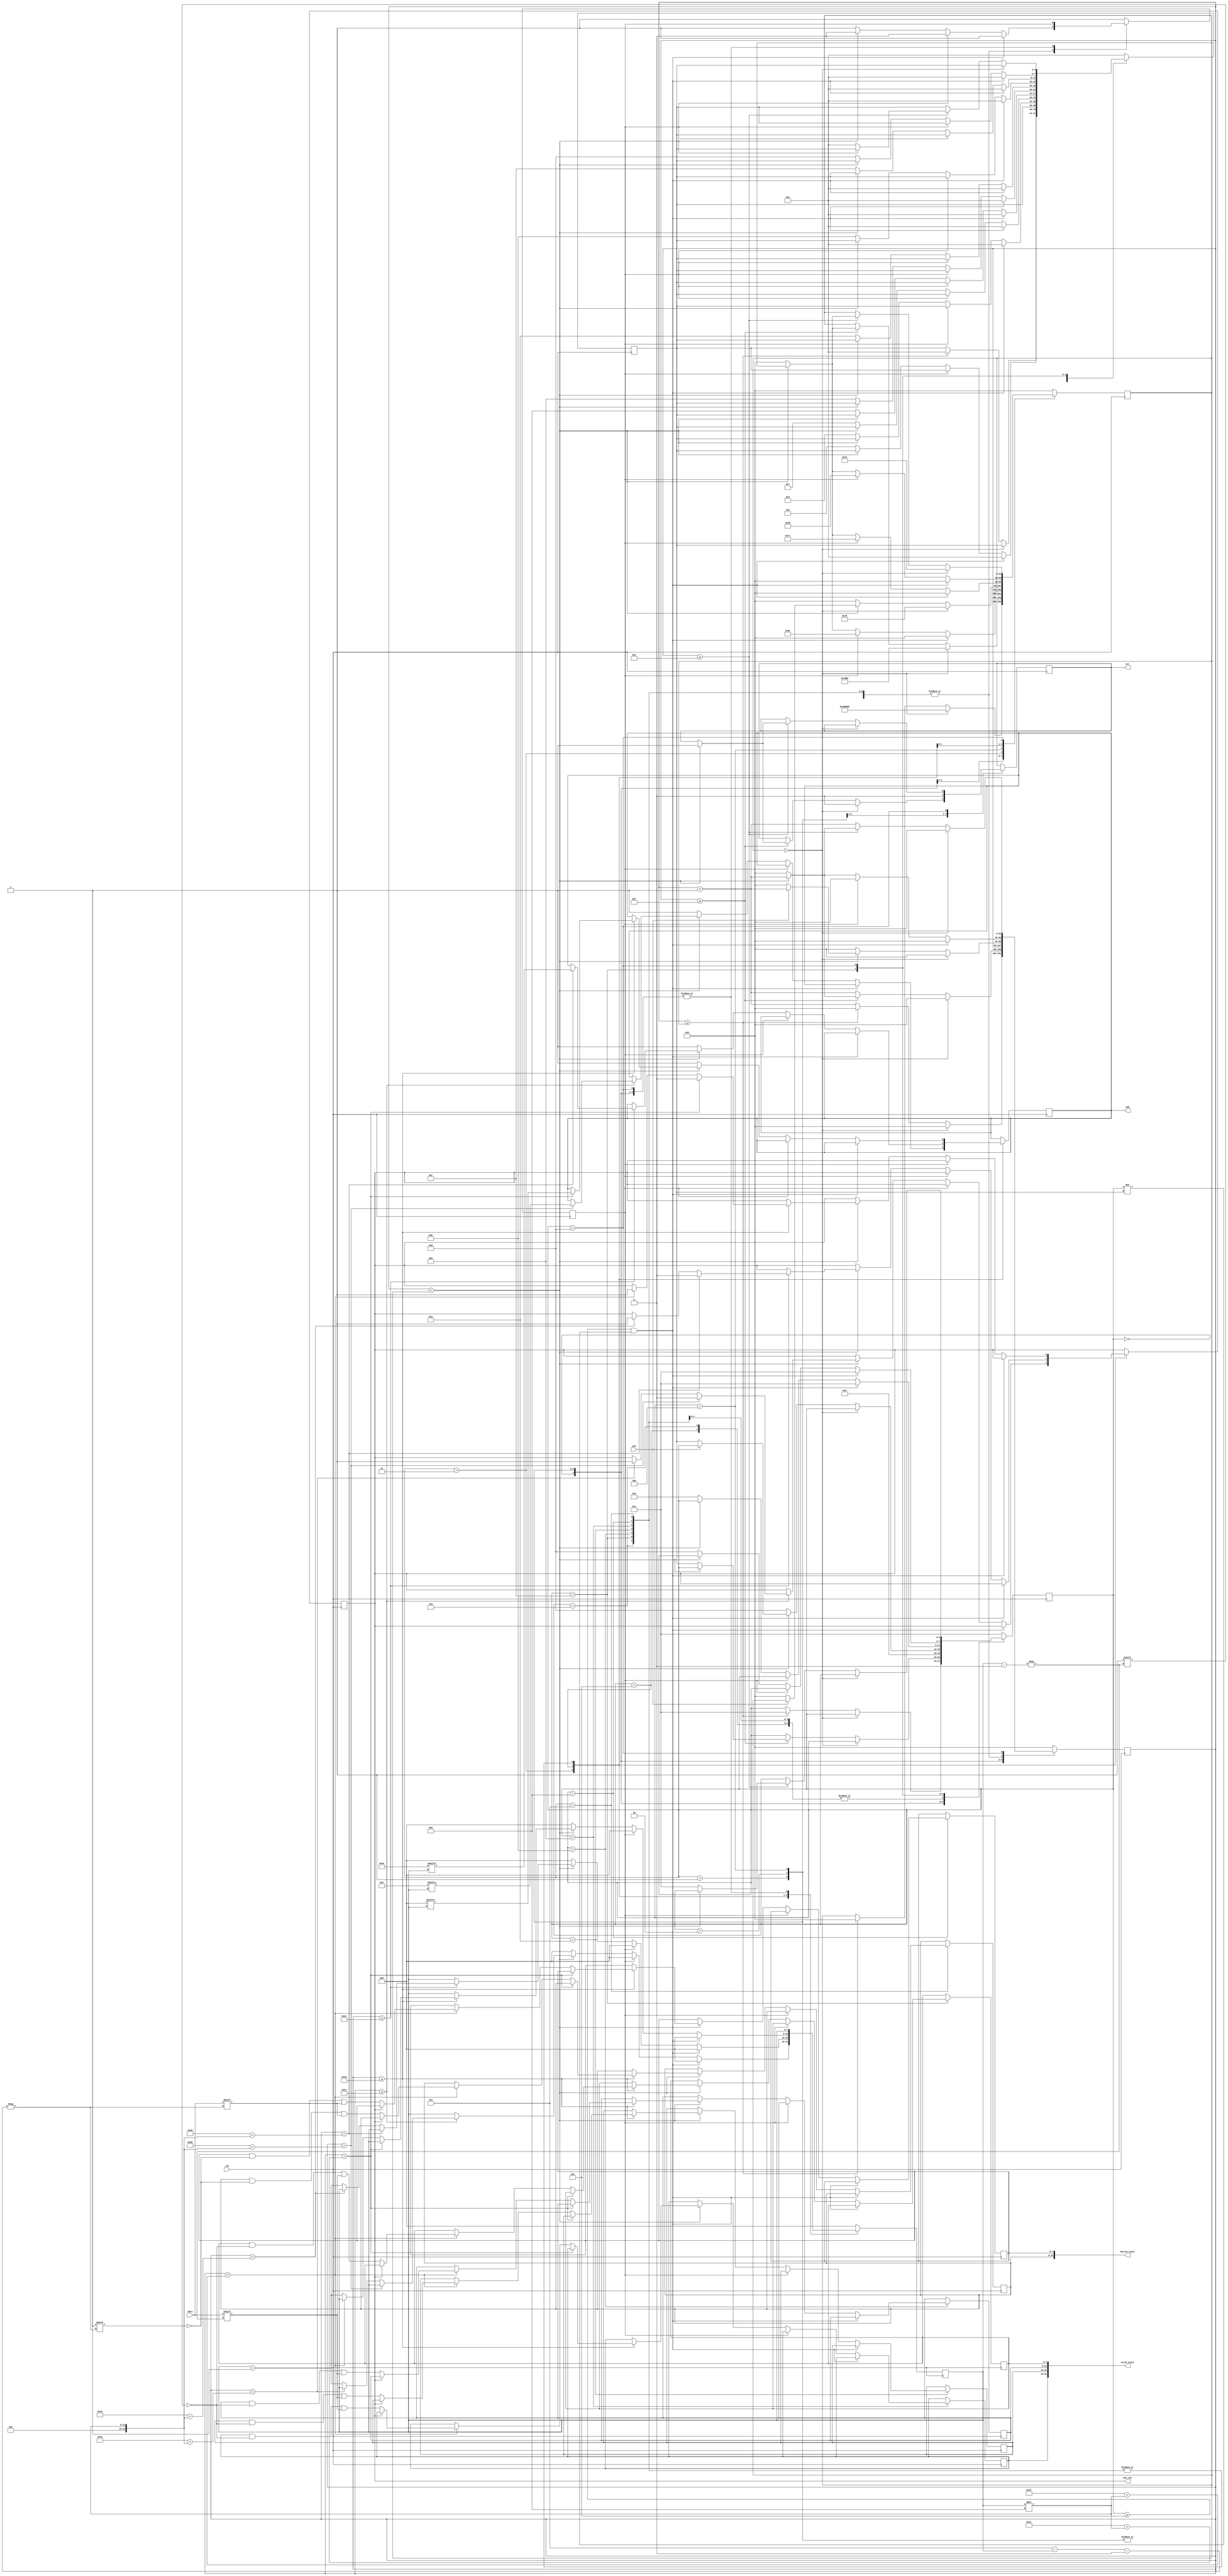
module psx_console
#(
    parameter [31:0] BOOT_TIME = 4E6 // 2 seconds at 500ns per cycle
)
(
    input clk,
    input data,
    input ack,
    output reg psx_clk = 1'b1,
    output reg cmd = 1'b1,
    output reg att = 1'b1,
    output [15:0] button_state,
    output [31:0] stick_state
);

    localparam [3:0] STATE_SIZE = 4'h4;
    // STATES
    localparam [STATE_SIZE-1:0] STARTUP = 4'h0;
    localparam [STATE_SIZE-1:0] ATT_PULSE = 4'h1;
    localparam [STATE_SIZE-1:0] LOWER_ATT = 4'h2;
    localparam [STATE_SIZE-1:0] SEND_START_CMD = 4'h3;
    localparam [STATE_SIZE-1:0] AWAIT_ACK = 4'h4;
    localparam [STATE_SIZE-1:0] SEND_BEGIN_TX_CMD = 4'h5;
    localparam [STATE_SIZE-1:0] READ_PREAMBLE = 4'h6;
    localparam [STATE_SIZE-1:0] READ_BTN_STATE_1 = 4'h7;
    localparam [STATE_SIZE-1:0] READ_BTN_STATE_2 = 4'h8;
    localparam [STATE_SIZE-1:0] READ_STICK_STATE_RX = 4'h9;
    localparam [STATE_SIZE-1:0] READ_STICK_STATE_RY = 4'ha;
    localparam [STATE_SIZE-1:0] READ_STICK_STATE_LX = 4'hb;
    localparam [STATE_SIZE-1:0] READ_STICK_STATE_LY = 4'hc;
    localparam [STATE_SIZE-1:0] RAISE_ATT = 4'hd;

    // END STATES
    localparam [7:0] NO_OP = 8'h00;
    localparam [7:0] START_CMD = 8'h01;
    localparam [7:0] BEGIN_TX_CMD = 8'h42;

    reg [STATE_SIZE-1'b1:0] cur_state = STARTUP;
    reg [STATE_SIZE-1'b1:0] redirect_to;
    reg [31:0] time_to_wait = 0;
    reg [31:0] waited_time = 0;
    reg [7:0] bit_cnt = 8'h00;
    reg [7:0] btn_state_1 = 8'hff;
    reg [7:0] btn_state_2 = 8'hff;
    reg [7:0] stick_state_rx = 8'h80;
    reg [7:0] stick_state_ry = 8'h80;
    reg [7:0] stick_state_lx = 8'h80;
    reg [7:0] stick_state_ly = 8'h80;
    reg first_run = 1'b1;

    assign button_state = {btn_state_1, btn_state_2};
    assign stick_state = {stick_state_rx, stick_state_ry, stick_state_lx, stick_state_ly};

    always @(negedge clk) begin
        case (cur_state)
            STARTUP: begin
                if (time_to_wait == 0) begin
                    time_to_wait <= BOOT_TIME;
                    waited_time <= 0;
                end else begin
                    waited_time <= waited_time + 1;
                    if (waited_time >= time_to_wait) begin
                        cur_state <= ATT_PULSE;
                        redirect_to <= LOWER_ATT;
                        time_to_wait <= 0;
                        waited_time <= 0;
                    end
                end
            end
            ATT_PULSE: begin
                if (time_to_wait == 0) begin
                    att <= 1'b0;
                    time_to_wait <= 32E3;
                    waited_time <= 0;
                end else begin
                    waited_time <= waited_time + 1;
                    if (waited_time >= 15) begin
                        if (waited_time < time_to_wait) begin
                            att <= 1'b1;
                        end else begin
                            cur_state <= redirect_to;
                            time_to_wait <= 0;
                            waited_time <= 0;
                        end
                    end
                end
            end
            LOWER_ATT: begin
                att <= 1'b0;
                cur_state <= SEND_START_CMD;
            end
            SEND_START_CMD: begin
                tx_cmd(START_CMD, AWAIT_ACK, SEND_BEGIN_TX_CMD, 76);
            end
            AWAIT_ACK: begin
                if (time_to_wait == 0) begin
                    time_to_wait <= 120; // 60us
                    waited_time <= 0;
                end else begin
                    waited_time <= waited_time + 1;
                    if (waited_time < time_to_wait) begin
                        if (!ack) begin
                            cur_state <= redirect_to;
                            time_to_wait <= 0;
                            waited_time <= 0;
                        end
                    end else begin // time out after 60us
                        cur_state <= RAISE_ATT;
                        time_to_wait <= 0;
                        waited_time <= 0;
                    end
                end
            end
            SEND_BEGIN_TX_CMD: begin
                tx_cmd(BEGIN_TX_CMD, AWAIT_ACK, READ_PREAMBLE, 60);
            end
            READ_PREAMBLE: begin
                tx_cmd(NO_OP, AWAIT_ACK, READ_BTN_STATE_1, 24);
            end
            READ_BTN_STATE_1: begin
                tx_cmd(NO_OP, AWAIT_ACK, READ_BTN_STATE_2, 24);
            end
            READ_BTN_STATE_2: begin
                tx_cmd(NO_OP, AWAIT_ACK, READ_STICK_STATE_RX, 24);
            end
            READ_STICK_STATE_RX: begin
                tx_cmd(NO_OP, AWAIT_ACK, READ_STICK_STATE_RY, 24);
            end
            READ_STICK_STATE_RY: begin
                tx_cmd(NO_OP, AWAIT_ACK, READ_STICK_STATE_LX, 24);
            end
            READ_STICK_STATE_LX: begin
                tx_cmd(NO_OP, AWAIT_ACK, READ_STICK_STATE_LY, 24);
            end
            READ_STICK_STATE_LY: begin
                tx_cmd(NO_OP, RAISE_ATT, RAISE_ATT, 24);
            end
            RAISE_ATT: begin
                if (time_to_wait == 0) begin
                    time_to_wait <= 250;
                    waited_time <= 0;
                end else begin
                    waited_time <= waited_time + 1;
                    if (waited_time >= 14) begin
                        if (waited_time < time_to_wait) begin
                            att <= 1'b1;
                        end else begin
                            time_to_wait <= 0;
                            waited_time <= 0;
                            cur_state <= ATT_PULSE;
                            redirect_to <= LOWER_ATT;
                        end
                    end
                end
            end
            default: begin
                time_to_wait <= 0;
                waited_time <= 0;
                bit_cnt <= 8'h00;
                cur_state <= ATT_PULSE;
                redirect_to <= LOWER_ATT;
                first_run <= 1'b1;
            end
        endcase
    end

    // 8 bits take 64 cycles to tx
    task tx_cmd(
        input [7:0] in_cmd,
        input [3:0] in_cur_state,
        input [3:0] in_redirect_to,
        input [31:0] initial_delay
    );
        // Don't know why AWAIT_ACK occassionally redirects to the wrong
        //  state, but this will check for that condition and correct
        if (cur_state >= SEND_BEGIN_TX_CMD && cur_state != redirect_to) begin
            // TODO: consider just redirecting to redirect_to instead
            //  of resetting to ATT_PULSE -> LOWER_ATT
            time_to_wait <= 0;
            waited_time <= 0;
            bit_cnt <= 8'h00;
            cur_state <= ATT_PULSE;
            redirect_to <= LOWER_ATT;
            first_run <= 1'b1;
        end else if (first_run) begin
            bit_cnt <= 8'h00;
            time_to_wait <= initial_delay + 64; // 8 bits take 64 cycles to tx
            waited_time <= 0;
            first_run <= 1'b0;
        end else begin
            if(waited_time < time_to_wait) begin
                waited_time <= waited_time + 1;
                if (waited_time >= initial_delay) begin
                    if (waited_time < (initial_delay + 4 + ((bit_cnt)*8))) begin // 38us + bit_cnt*4us
                        psx_clk <= 1'b0;
                        cmd <= in_cmd[bit_cnt];
                    end else if (waited_time < (initial_delay + 7 + ((bit_cnt)*8))) begin
                        if (psx_clk == 1'b0) begin
                            if (cur_state == READ_BTN_STATE_1) begin
                                btn_state_1[4'h7 - bit_cnt] <= data;
                            end else if (cur_state == READ_BTN_STATE_2) begin
                                btn_state_2[4'h7 - bit_cnt] <= data;
                            end else if (cur_state == READ_STICK_STATE_RX) begin
                                stick_state_rx[bit_cnt] <= data;
                            end else if (cur_state == READ_STICK_STATE_RY) begin
                                stick_state_ry[bit_cnt] <= data;
                            end else if (cur_state == READ_STICK_STATE_LX) begin
                                stick_state_lx[bit_cnt] <= data;
                            end else if (cur_state == READ_STICK_STATE_LY) begin
                                stick_state_ly[bit_cnt] <= data;
                            end
                        end

                        psx_clk <= 1'b1;
                    end else begin
                        bit_cnt <= bit_cnt + 1'b1;
                    end
                end
            end else begin
                cmd <= 1'b1;
                cur_state <= in_cur_state;
                redirect_to <= in_redirect_to;
                time_to_wait <= 0;
                waited_time <= 0;
                bit_cnt <= 8'h00;
                first_run <= 1'b1;
            end
        end
    endtask
endmodule